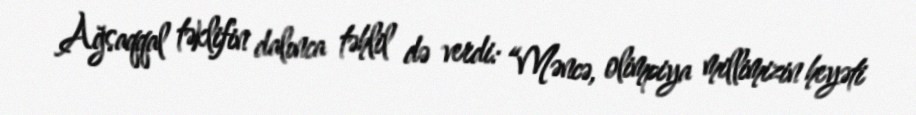
Ağsaqqal təklifin dalınca təhlil də verdi: “Məncə, olimpiya millimizin heyəti